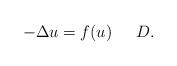
LaTeX: \begin{align*} -\Delta u =f(u)\ \ \ \ \, D.\end{align*}